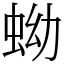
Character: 蚴